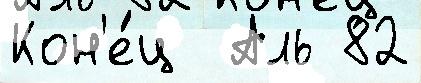
Кон'е́ц  Аль 82